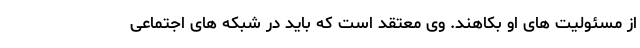
از مسئولیت های او بکاهند. وی معتقد است که باید در شبکه های اجتماعی